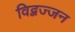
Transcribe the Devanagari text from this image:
विद्बज्जन